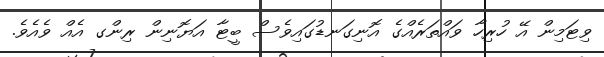
ވިޓަމިން އޭ ހުރިހާ ވައްތަރެއްގެ އޮނިގަނޑުގައިވެސް ބީޓާ އަޔޮނިން ރިންގ އެއް ވެއެވެ.